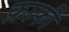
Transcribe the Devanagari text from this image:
क़ाफी